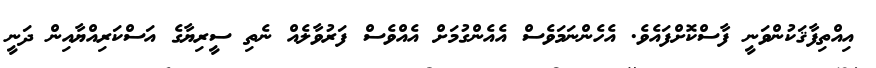
އިއްތިފާޤަކުންވަނީ ފާސްކޮށްފައެވެ. އެހެންނަމަވެސް އެއެންގުމަށް އެއްވެސް ފަރުވާލެއް ނެތި ސީރިޔާގެ އަސްކަރިއްޔާއިން ދަނީ